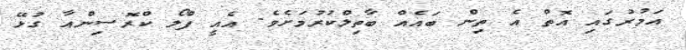
އަމުރުގައި އޮތް އެ ތިން ބައެއް ބާތިލްކުރުމަށެވެ. އެއީ ފްލޯ ކްރޮސިންއާ ގުޅޭ